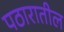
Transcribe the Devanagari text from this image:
पठारातील